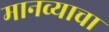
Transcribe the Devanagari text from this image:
मानव्याचा